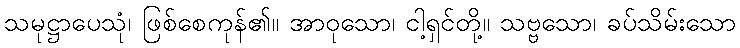
သမုဋ္ဌာပေသုံ၊ ဖြစ်စေကုန်၏။ အာဝုသော၊ ငါ့ရှင်တို့။ သဗ္ဗသော၊ ခပ်သိမ်းသော